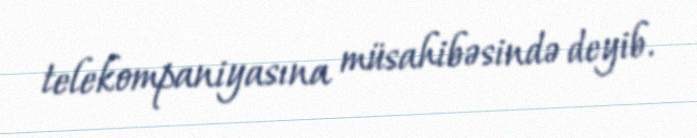
telekompaniyasına müsahibəsində deyib.